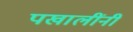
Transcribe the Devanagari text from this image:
पखालींनी